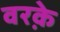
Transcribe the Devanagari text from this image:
वरक़े